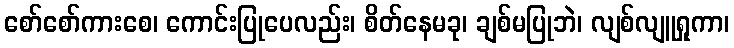
စော်စော်ကားစေ၊ ကောင်းပြုပေလည်း၊ စိတ်နေမခု၊ ချစ်မပြုဘဲ၊ လျစ်လျူရှုကာ၊